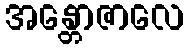
အန္တောဇာလေ